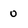
Character: 0